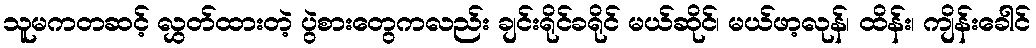
သူမကတဆင့် လွှတ်ထားတဲ့ ပွဲစားတွေကလည်း ချင်းရိုင်ခရိုင် မယ်ဆိုင်၊ မယ်ဖာ့လုန်၊ ထိန်း၊ ကျိန်းခေါင်